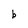
Character: b